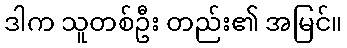
ဒါက သူတစ်ဦး တည်း၏ အမြင်။